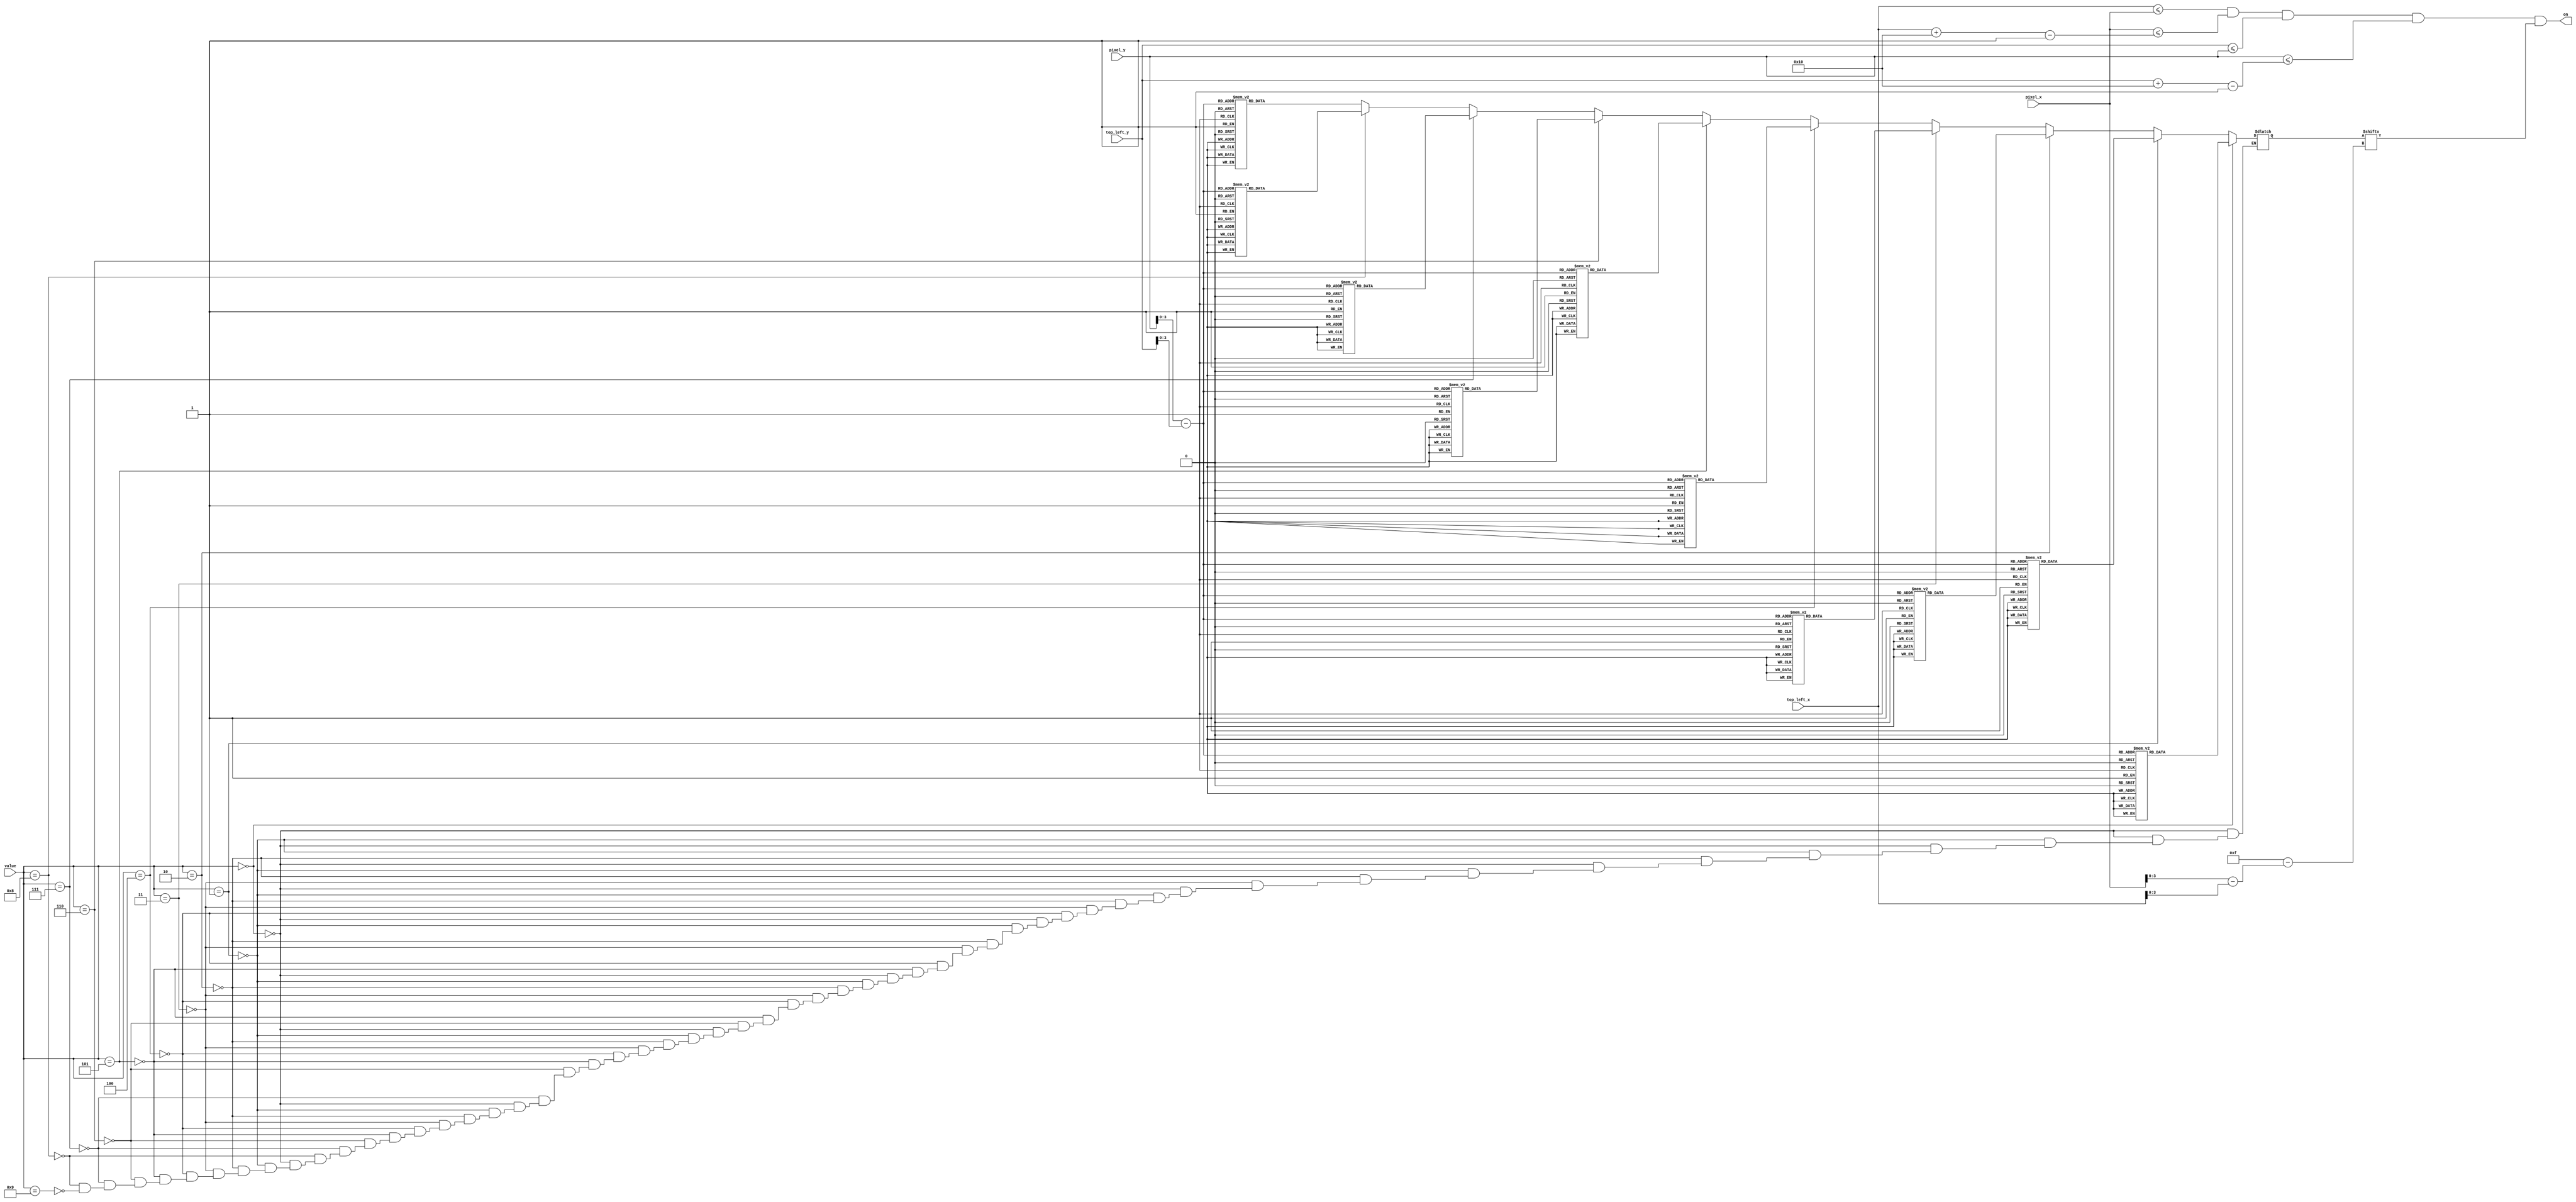
`timescale 1ns / 1ps

module digit_display
    (
        input wire [3:0] value,
        input wire [9:0] pixel_x, pixel_y,
        input wire [9:0] top_left_x, top_left_y,
        output wire on
    );
    
    // load in and declare position and sizing of number
    localparam FOOTPRINT = 16;                                 
    wire [9:0] C_X_L = top_left_x;                   
    wire [9:0] C_Y_T = top_left_y;                  
    wire [9:0] C_X_R = C_X_L + FOOTPRINT - 1;
    wire [9:0] C_Y_B = C_Y_T + FOOTPRINT - 1;
    
    // declare signals to check
    wire [3:0] rom_addr, rom_col;
    wire rom_bit;
    wire sq_on;
    reg [0:15] rom_data;
    
    // check current position of pixel
    assign rom_addr = pixel_y[3:0] - C_Y_T[3:0];
    assign rom_col = pixel_x[3:0] - C_X_L[3:0];
    assign rom_bit = rom_data[rom_col];
    
    // enable on if within foot print
    assign sq_on =
       (C_X_L<=pixel_x) && (pixel_x<=C_X_R) &&
       (C_Y_T<=pixel_y) && (pixel_y<=C_Y_B);
    
    //enable
    assign on = sq_on & rom_bit;
    
    // determine number to output
    always @*
    begin
        if (value == 0)
            case (rom_addr)
            4'h0: rom_data =    16'b0011111111111100;
            4'h1: rom_data =    16'b0011111111111100;
            4'h2: rom_data =    16'b0011000000001100;
            4'h3: rom_data =    16'b0011000000001100;
            4'h4: rom_data =    16'b0011000000001100;
            4'h5: rom_data =    16'b0011000000001100;
            4'h6: rom_data =    16'b0011000000001100;
            4'h7: rom_data =    16'b0011000000001100;
            4'h8: rom_data =    16'b0011000000001100;
            4'h9: rom_data =    16'b0011000000001100;
            4'ha: rom_data =    16'b0011000000001100;
            4'hb: rom_data =    16'b0011000000001100;
            4'hc: rom_data =    16'b0011000000001100;
            4'hd: rom_data =    16'b0011000000001100;
            4'he: rom_data =    16'b0011111111111100;         
            4'hf: rom_data =    16'b0011111111111100;   
            endcase
        else if (value == 1)
            case (rom_addr)
            4'h0: rom_data =    16'b0000000110000000;
            4'h1: rom_data =    16'b0000001110000000;
            4'h2: rom_data =    16'b0000011110000000;
            4'h3: rom_data =    16'b0000000110000000;
            4'h4: rom_data =    16'b0000000110000000;
            4'h5: rom_data =    16'b0000000110000000;
            4'h6: rom_data =    16'b0000000110000000;
            4'h7: rom_data =    16'b0000000110000000;
            4'h8: rom_data =    16'b0000000110000000;
            4'h9: rom_data =    16'b0000000110000000;
            4'ha: rom_data =    16'b0000000110000000;
            4'hb: rom_data =    16'b0000000110000000;
            4'hc: rom_data =    16'b0000000110000000;
            4'hd: rom_data =    16'b0000000110000000;
            4'he: rom_data =    16'b0001111111111000;         
            4'hf: rom_data =    16'b0011111111111100;   
        endcase
        else if (value == 2)
            case (rom_addr)
            4'h0: rom_data =    16'b0000011111000000;
            4'h1: rom_data =    16'b0001111111110000;
            4'h2: rom_data =    16'b0011000000011000;
            4'h3: rom_data =    16'b0011000000011000;
            4'h4: rom_data =    16'b0000000000011000;
            4'h5: rom_data =    16'b0000000000110000;
            4'h6: rom_data =    16'b0000000001100000;
            4'h7: rom_data =    16'b0000000011000000;
            4'h8: rom_data =    16'b0000000110000000;
            4'h9: rom_data =    16'b0000001100000000;
            4'ha: rom_data =    16'b0000011000000000;
            4'hb: rom_data =    16'b0000110000000000;
            4'hc: rom_data =    16'b0001100000000000;
            4'hd: rom_data =    16'b0011000000000000;
            4'he: rom_data =    16'b0011111111111100;         
            4'hf: rom_data =    16'b0011111111111100;   
        endcase
        else if (value == 3)
            case (rom_addr)
            4'h0: rom_data =    16'b0000111111100000;
            4'h1: rom_data =    16'b0001111111110000;
            4'h2: rom_data =    16'b0011000000011000;
            4'h3: rom_data =    16'b0000000000001100;
            4'h4: rom_data =    16'b0000000000001100;
            4'h5: rom_data =    16'b0000000000001100;
            4'h6: rom_data =    16'b0000000000011000;
            4'h7: rom_data =    16'b0001111111110000;
            4'h8: rom_data =    16'b0001111111110000;
            4'h9: rom_data =    16'b0000000000011000;
            4'ha: rom_data =    16'b0000000000001100;
            4'hb: rom_data =    16'b0000000000001100;
            4'hc: rom_data =    16'b0000000000001100;
            4'hd: rom_data =    16'b0011000000011000;
            4'he: rom_data =    16'b0001111111110000;         
            4'hf: rom_data =    16'b0000111111100000;   
        endcase
        else if (value == 4)
            case (rom_addr)
            4'h0: rom_data =    16'b0000000000110000;
            4'h1: rom_data =    16'b0000000001110000;
            4'h2: rom_data =    16'b0000000011110000;
            4'h3: rom_data =    16'b0000000110110000;
            4'h4: rom_data =    16'b0000001100110000;
            4'h5: rom_data =    16'b0000011000110000;
            4'h6: rom_data =    16'b0000110000110000;
            4'h7: rom_data =    16'b0001100000110000;
            4'h8: rom_data =    16'b0011000000110000;
            4'h9: rom_data =    16'b0011111111111100;
            4'ha: rom_data =    16'b0011111111111100;
            4'hb: rom_data =    16'b0000000000110000;
            4'hc: rom_data =    16'b0000000000110000;
            4'hd: rom_data =    16'b0000000000110000;
            4'he: rom_data =    16'b0000000000110000;         
            4'hf: rom_data =    16'b0000000000110000;   
        endcase
        else if (value == 5)
            case (rom_addr)
            4'h0: rom_data =    16'b0011111111111100;
            4'h1: rom_data =    16'b0011111111111100;
            4'h2: rom_data =    16'b0011000000000000;
            4'h3: rom_data =    16'b0011000000000000;
            4'h4: rom_data =    16'b0011000000000000;
            4'h5: rom_data =    16'b0011000000000000;
            4'h6: rom_data =    16'b0011000000000000;
            4'h7: rom_data =    16'b0011000000000000;
            4'h8: rom_data =    16'b0011111111110000;
            4'h9: rom_data =    16'b0011111111111000;
            4'ha: rom_data =    16'b0000000000011000;
            4'hb: rom_data =    16'b0000000000001100;
            4'hc: rom_data =    16'b0000000000001100;
            4'hd: rom_data =    16'b0010000000011000;
            4'he: rom_data =    16'b0011111111110000;         
            4'hf: rom_data =    16'b0001111111100000;   
        endcase
        else if (value == 6)
            case (rom_addr)
            4'h0: rom_data =    16'b0000000110000000;
            4'h1: rom_data =    16'b0000011111100000;
            4'h2: rom_data =    16'b0000110000110000;
            4'h3: rom_data =    16'b0001100000000000;
            4'h4: rom_data =    16'b0011000000000000;
            4'h5: rom_data =    16'b0011000000000000;
            4'h6: rom_data =    16'b0011000000000000;
            4'h7: rom_data =    16'b0011001111000000;
            4'h8: rom_data =    16'b0011111111110000; 
            4'h9: rom_data =    16'b0011100000011000;
            4'ha: rom_data =    16'b0011100000011100;
            4'hb: rom_data =    16'b0011000000001100;
            4'hc: rom_data =    16'b0011100000011100;
            4'hd: rom_data =    16'b0001100000011000;
            4'he: rom_data =    16'b0000111111110000;         
            4'hf: rom_data =    16'b0000001111000000;   
        endcase
        else if (value == 7)
            case (rom_addr)
            4'h0: rom_data =    16'b0011111111111100;
            4'h1: rom_data =    16'b0011111111111100;
            4'h2: rom_data =    16'b0000000000001100;
            4'h3: rom_data =    16'b0000000000011000;
            4'h4: rom_data =    16'b0000000000110000;
            4'h5: rom_data =    16'b0000000001100000;
            4'h6: rom_data =    16'b0000000011000000;
            4'h7: rom_data =    16'b0000000110000000;
            4'h8: rom_data =    16'b0000001100000000;
            4'h9: rom_data =    16'b0000011000000000;
            4'ha: rom_data =    16'b0000110000000000;
            4'hb: rom_data =    16'b0001100000000000;
            4'hc: rom_data =    16'b0011000000000000;
            4'hd: rom_data =    16'b0011000000000000;
            4'he: rom_data =    16'b0011000000000000;         
            4'hf: rom_data =    16'b0011000000000000;   
        endcase
        else if (value == 8)
            case (rom_addr)
            4'h0: rom_data =    16'b0001111111111000;
            4'h1: rom_data =    16'b0011111111111100;
            4'h2: rom_data =    16'b0011100000011100;
            4'h3: rom_data =    16'b0011000000001100;
            4'h4: rom_data =    16'b0011000000001100;
            4'h5: rom_data =    16'b0011100000011100;
            4'h6: rom_data =    16'b0001111111111000;
            4'h7: rom_data =    16'b0001111111111000;
            4'h8: rom_data =    16'b0011100000011100;
            4'h9: rom_data =    16'b0011000000001100;
            4'ha: rom_data =    16'b0011000000001100;
            4'hb: rom_data =    16'b0011000000001100;
            4'hc: rom_data =    16'b0011000000001100;
            4'hd: rom_data =    16'b0011100000011100;
            4'he: rom_data =    16'b0011111111111100;         
            4'hf: rom_data =    16'b0001111111111000;   
        endcase
        else if (value == 9)
            case (rom_addr)
            4'h0: rom_data =    16'b0000001111000000;
            4'h1: rom_data =    16'b0001111111110000;
            4'h2: rom_data =    16'b0001100000011000;
            4'h3: rom_data =    16'b0011100000011100;
            4'h4: rom_data =    16'b0011000000001100;
            4'h5: rom_data =    16'b0011100000011100;
            4'h6: rom_data =    16'b0001100000011100;
            4'h7: rom_data =    16'b0000111111111100;
            4'h8: rom_data =    16'b0000001111001100;
            4'h9: rom_data =    16'b0000000000001100;
            4'ha: rom_data =    16'b0000000000001100;
            4'hb: rom_data =    16'b0000000000001100;
            4'hc: rom_data =    16'b0000000000011000;
            4'hd: rom_data =    16'b0000110000110000;
            4'he: rom_data =    16'b0000011111100000;        
            4'hf: rom_data =    16'b0000000110000000;   
        endcase
    end
    
endmodule